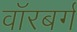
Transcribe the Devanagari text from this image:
वॉरबर्ग